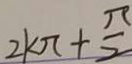
2 k \pi + \frac { \pi } { 2 }